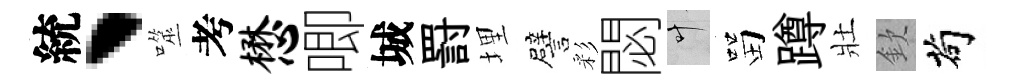
統、噬考懋唧城罸埋譬彩閟叶㽞蹲壯欽茍